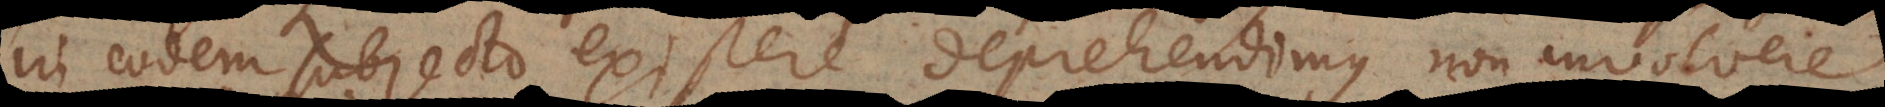
in eodem subjecto existere deprehendimus non involvere